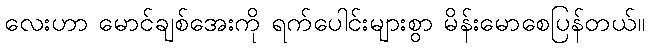
လေးဟာ မောင်ချစ်အေးကို ရက်ပေါင်းများစွာ မိန်းမောစေပြန်တယ်။